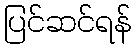
ပြင်ဆင်ရန်